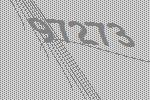
97273